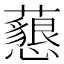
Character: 𧄅